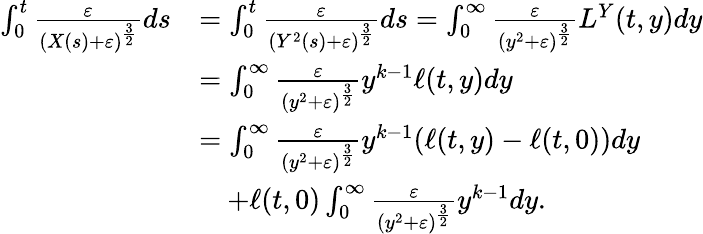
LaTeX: \begin{array}{rl}{\int_{0}^{t}\frac{\varepsilon}{\left(X(s)+\varepsilon\right)^{\frac{3}{2}}}ds}&{=\int_{0}^{t}\frac{\varepsilon}{(Y^{2}(s)+\varepsilon)^{\frac{3}{2}}}ds=\int_{0}^{\infty}\frac{\varepsilon}{(y^{2}+\varepsilon)^{\frac{3}{2}}}L^{Y}(t,y)dy}\\ &{=\int_{0}^{\infty}\frac{\varepsilon}{(y^{2}+\varepsilon)^{\frac{3}{2}}}y^{k-1}\ell(t,y)dy}\\ &{=\int_{0}^{\infty}\frac{\varepsilon}{(y^{2}+\varepsilon)^{\frac{3}{2}}}y^{k-1}(\ell(t,y)-\ell(t,0))dy}\\ &{\quad+\ell(t,0)\int_{0}^{\infty}\frac{\varepsilon}{(y^{2}+\varepsilon)^{\frac{3}{2}}}y^{k-1}dy.}\end{array}